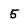
Character: 5